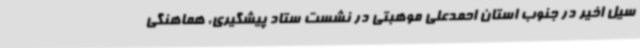
سیل اخیر در جنوب استان احمدعلی موهبتی در نشست ستاد پیشگیری، هماهنگی